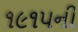
૧૯૧૫ની